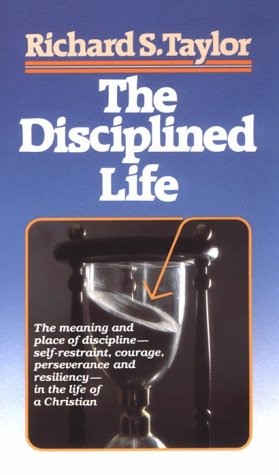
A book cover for The Disciplined Life: Studies in the Fine Art of Christian Discipleship; Richard Shelley Taylor; Christian Books & Bibles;